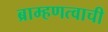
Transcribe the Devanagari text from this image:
ब्राम्हणत्वाची